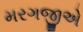
મરગજીએ